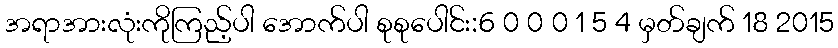
အရာအားလုံးကိုကြည့်ပါ အောက်ပါ စုစုပေါင်း:6 0 0 0 1 5 4 မှတ်ချက် 18 2015